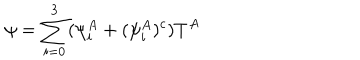
\psi = \sum _ { i = 0 } ^ { 3 } ( \psi _ { i } ^ { A } + ( \psi _ { i } ^ { A } ) ^ { c } ) T ^ { A }